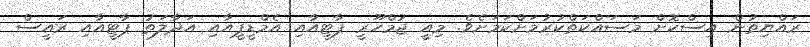
ރައްޔިތުން އިސްކޮށް މަސައްކަތްކުރުމަށްކަމަށެވެ. މިއީ ޖުމްހޫރީ ޕާޓީއާއި އެމްޑީޕީއާއި އަދާލަތު ޕާޓީއާއި ރައީސް